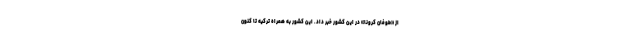
از «طوفان کرونا» در این کشور خبر داد. این کشور به همراه ترکیه تا کنون